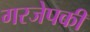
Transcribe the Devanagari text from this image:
गरजेपकी